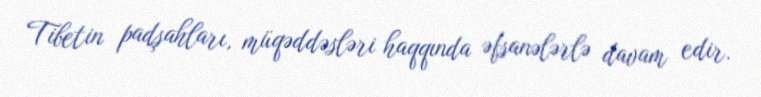
Tibetin padşahları, müqəddəsləri haqqında əfsanələrlə davam edir.